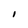
Character: I